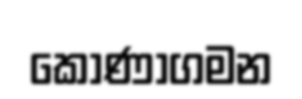
කොණාගමන